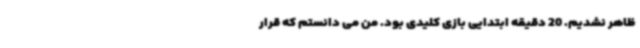
ظاهر نشدیم. 20 دقیقه ابتدایی بازی کلیدی بود. من می دانستم که قرار